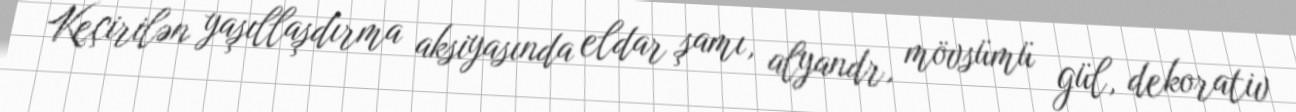
Keçirilən yaşıllaşdırma aksiyasında eldar şamı, alyandr, mövsümü gül, dekorativ